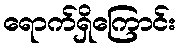
ရောက်ရှိကြောင်း